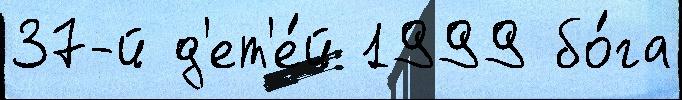
37-й д'ет'е́й 1999 бо́га